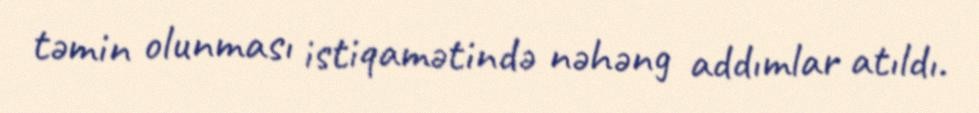
təmin olunması istiqamətində nəhəng addımlar atıldı.